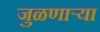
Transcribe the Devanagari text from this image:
जुळणार्‍या